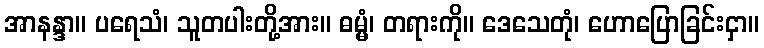
အာနန္ဒာ။ ပရေသံ၊ သူတပါးတို့အား။ ဓမ္မံ၊ တရားကို။ ဒေသေတုံ၊ ဟောပြောခြင်းငှာ။